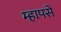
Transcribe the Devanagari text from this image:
म्हापसे